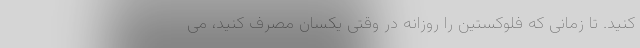
کنید. تا زمانی که فلوکستین را روزانه در وقتی یکسان مصرف کنید، می